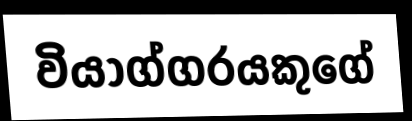
වියාග්ගරයකුගේ